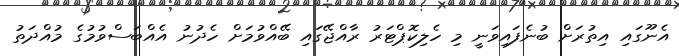
އެނޫގައި އިތުރަށް ބުނެފައިވަނީ މި ހެލިކޮޕްޓަރު ރާއްޖޭގައި ބޭއްވުމަށް ހެދުނު އެއްބަސްވުމުގެ މުއްދަތު